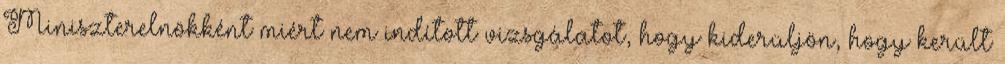
Miniszterelnökként miért nem indított vizsgálatot, hogy kiderüljön, hogy került